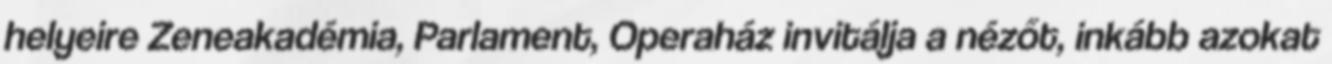
helyeire Zeneakadémia, Parlament, Operaház invitálja a nézőt, inkább azokat